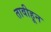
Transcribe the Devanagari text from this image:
तावीहून